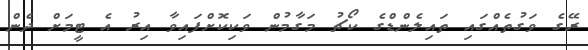
ރޭގެ ވަގުތެއްގައި ތައިލެންޑްގެ ކޯޗު މަގާމުން ވަކިކޮށްފައިވާ އިރު އެ ޓީމަށް ދެން